Civil Veterinary Dept. Bombay admin report 1900-1906 - 1900-1906
Year: 1900
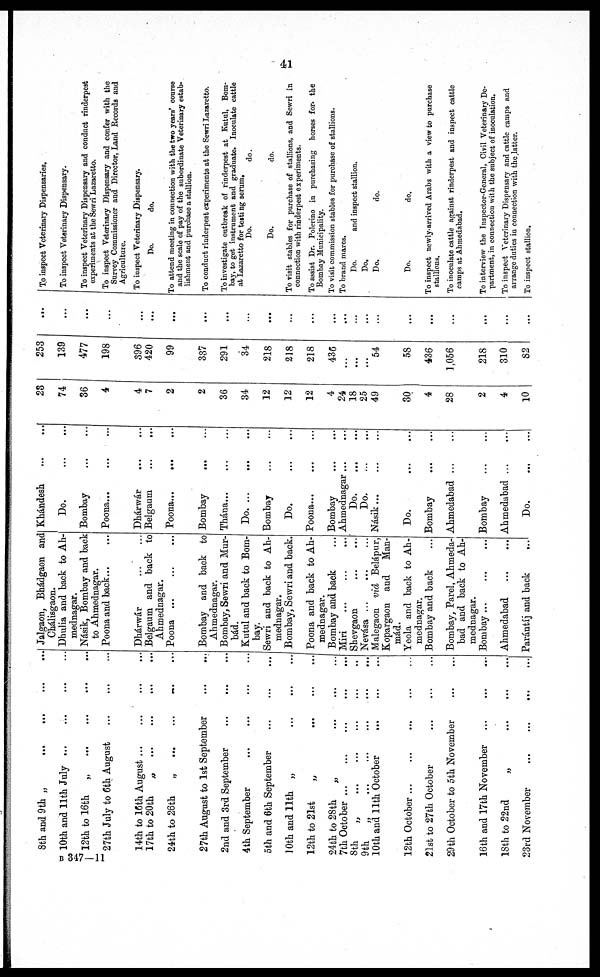
41
8th and 9th „
...
...
...
...
10th and 11th July ... ... ... ...
12th to 16th
„
...
...
...
...
27th July to 6th August
...
...
...
14th to 16th August
...
...
...
...
17th to 20th
„
...
...
...
...
24th to 26th
„ ... ... ... ...
27th August to 1st September
...
...
2nd and 3rd September
...
...
4th September
...
...
...
...
5th and 6th September ... ... ...
10th and 11th „
...
...
...
12th to 21st
„
...
...
...
24th to 28th
„
...
...
...
7th October
...
...
...
...
...
8th
„
...
...
...
...
...
9th
„
...
...
...
...
...
10th and 11th October ... ... ...
12th October
...
...
...
...
...
21st to 27th October
...
...
...
29th October to 5th November
...
...
16th and 17th November
...
...
...
18th to 22nd
„
...
...
...
23rd November
...
...
...
...
Jalgaon, Bhádgaon and
Chálisgaon.
Dhulia and back to Ah-
Násik, Bombay and back
to Ahmednagar.
Poona and back... ...
Dhárwár ... ...
Belgaum and back to
Ahmednagar.
Poona ... ... ...
Bombay and back to
Ahmednagar.
Bombay, Sewri and Mur-
bád.
Kutul and back to Bom-
bay.
Sewri and back to Ah-
mednagar.
Bombay, Sewri and back.
Poona and back to Ah-
mednagar.
Bombay and back ...
Miri ... ... ...
Shevgaon
...
...
Nevása ... ... ...
Malegaon viâ Belápur,
Kopargaon and
Man-
mád.
Yeola and back to Ah-
mednagar.
Bombay and back ...
Bombay, Parel, Ahmeda-
bad and back to Ah-
mednagar.
Bombay ... ... ...
Ahmedabad
...
...
Parántíj and back
...
Khándesh
...
...
Do.
...
...
Bombay ... ...
Poona...
...
...
Dhárwár ... ...
Belgaum ... ...
Poona... ... ...
Bombay ... ...
Thána... ... ...
Do.
...
...
...
Bombay ... ...
Do.
...
...
Poona... ... ...
Bombay ... ...
Ahmednagar ... ...
Do.
...
...
Do.
...
...
Násik
...
...
...
Do.
...
...
Bombay
...
...
Ahmedabad
...
...
Bombay
...
...
Ahmedabad
...
...
Do.
...
...
23
74
36
4
4
7
2
2
36
34
12
12
12
4
24
18
25
49
30
4
28
2
4
10
253
139
477
198
396
420
99
337
291
34
218
218
218
436
...
...
...
54
58
436
1,056
218
310
82
...
...
...
...
...
...
...
...
...
...
...
...
...
...
...
...
...
...
...
...
...
...
...
...
To inspect Veterinary Dispensaries.
To inspect Veterinary Dispensary.
To inspect Veterinary Dispensary and conduct rinderpest
experiments at the Sewri Lazaretto.
To inspect Veterinary Dispensary and confer with the
Survey Commissioner and Director, Land Records and
Agriculture.
To inspect Veterinary Dispensary.
Do.
do.
To attend meeting in connection with the two years' course
and the scale of pay of the subordinate Veterinary estab-
lishment and purchase a stallion.
To conduct rinderpest experiments at the Sewri Lazaretto.
To investigate outbreak of rinderpest at Kutul, Bom-
bay, to get instrument and graduate. Inoculate cattle
at Lazaretto for testing serum.
Do.
do.
Do.
do.
To visit stables for purchase of stallions, and Sewri in
connection with rinderpest experiments.
To assist Dr. Polerino in purchasing horses for the
Bombay Municipality.
To visit commission stables for purchase of stallions.
To brand mares.
Do.
and inspect stallion.
Do.
Do.
do.
Do.
do.
To inspect newly-arrived Arabs with a view to purchase
stallions.
To inoculate cattle against rinderpest and inspect cattle
camps at Ahmedabad.
To interview the Inspector-General, Civil Veterinary De-
partment, in connection with the subject of inoculation.
To inspect Veterinary Dispensary and cattle camps and
arrange duties in connection with the latter.
To inspect stallion.
B 347—11